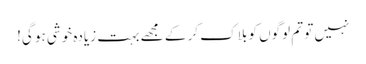
نہیں تو تم لوگوں کو بلاک کر کے مجھے بہت زیادہ خوشی ہو گی!